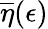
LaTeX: \overline{{\eta}}(\epsilon)